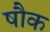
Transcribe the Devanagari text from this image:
षौक